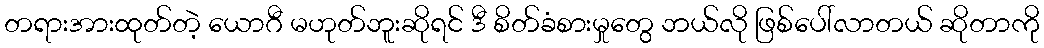
တရားအားထုတ်တဲ့ ယောဂီ မဟုတ်ဘူးဆိုရင် ဒီ စိတ်ခံစားမှုတွေ ဘယ်လို ဖြစ်ပေါ်လာတယ် ဆိုတာကို